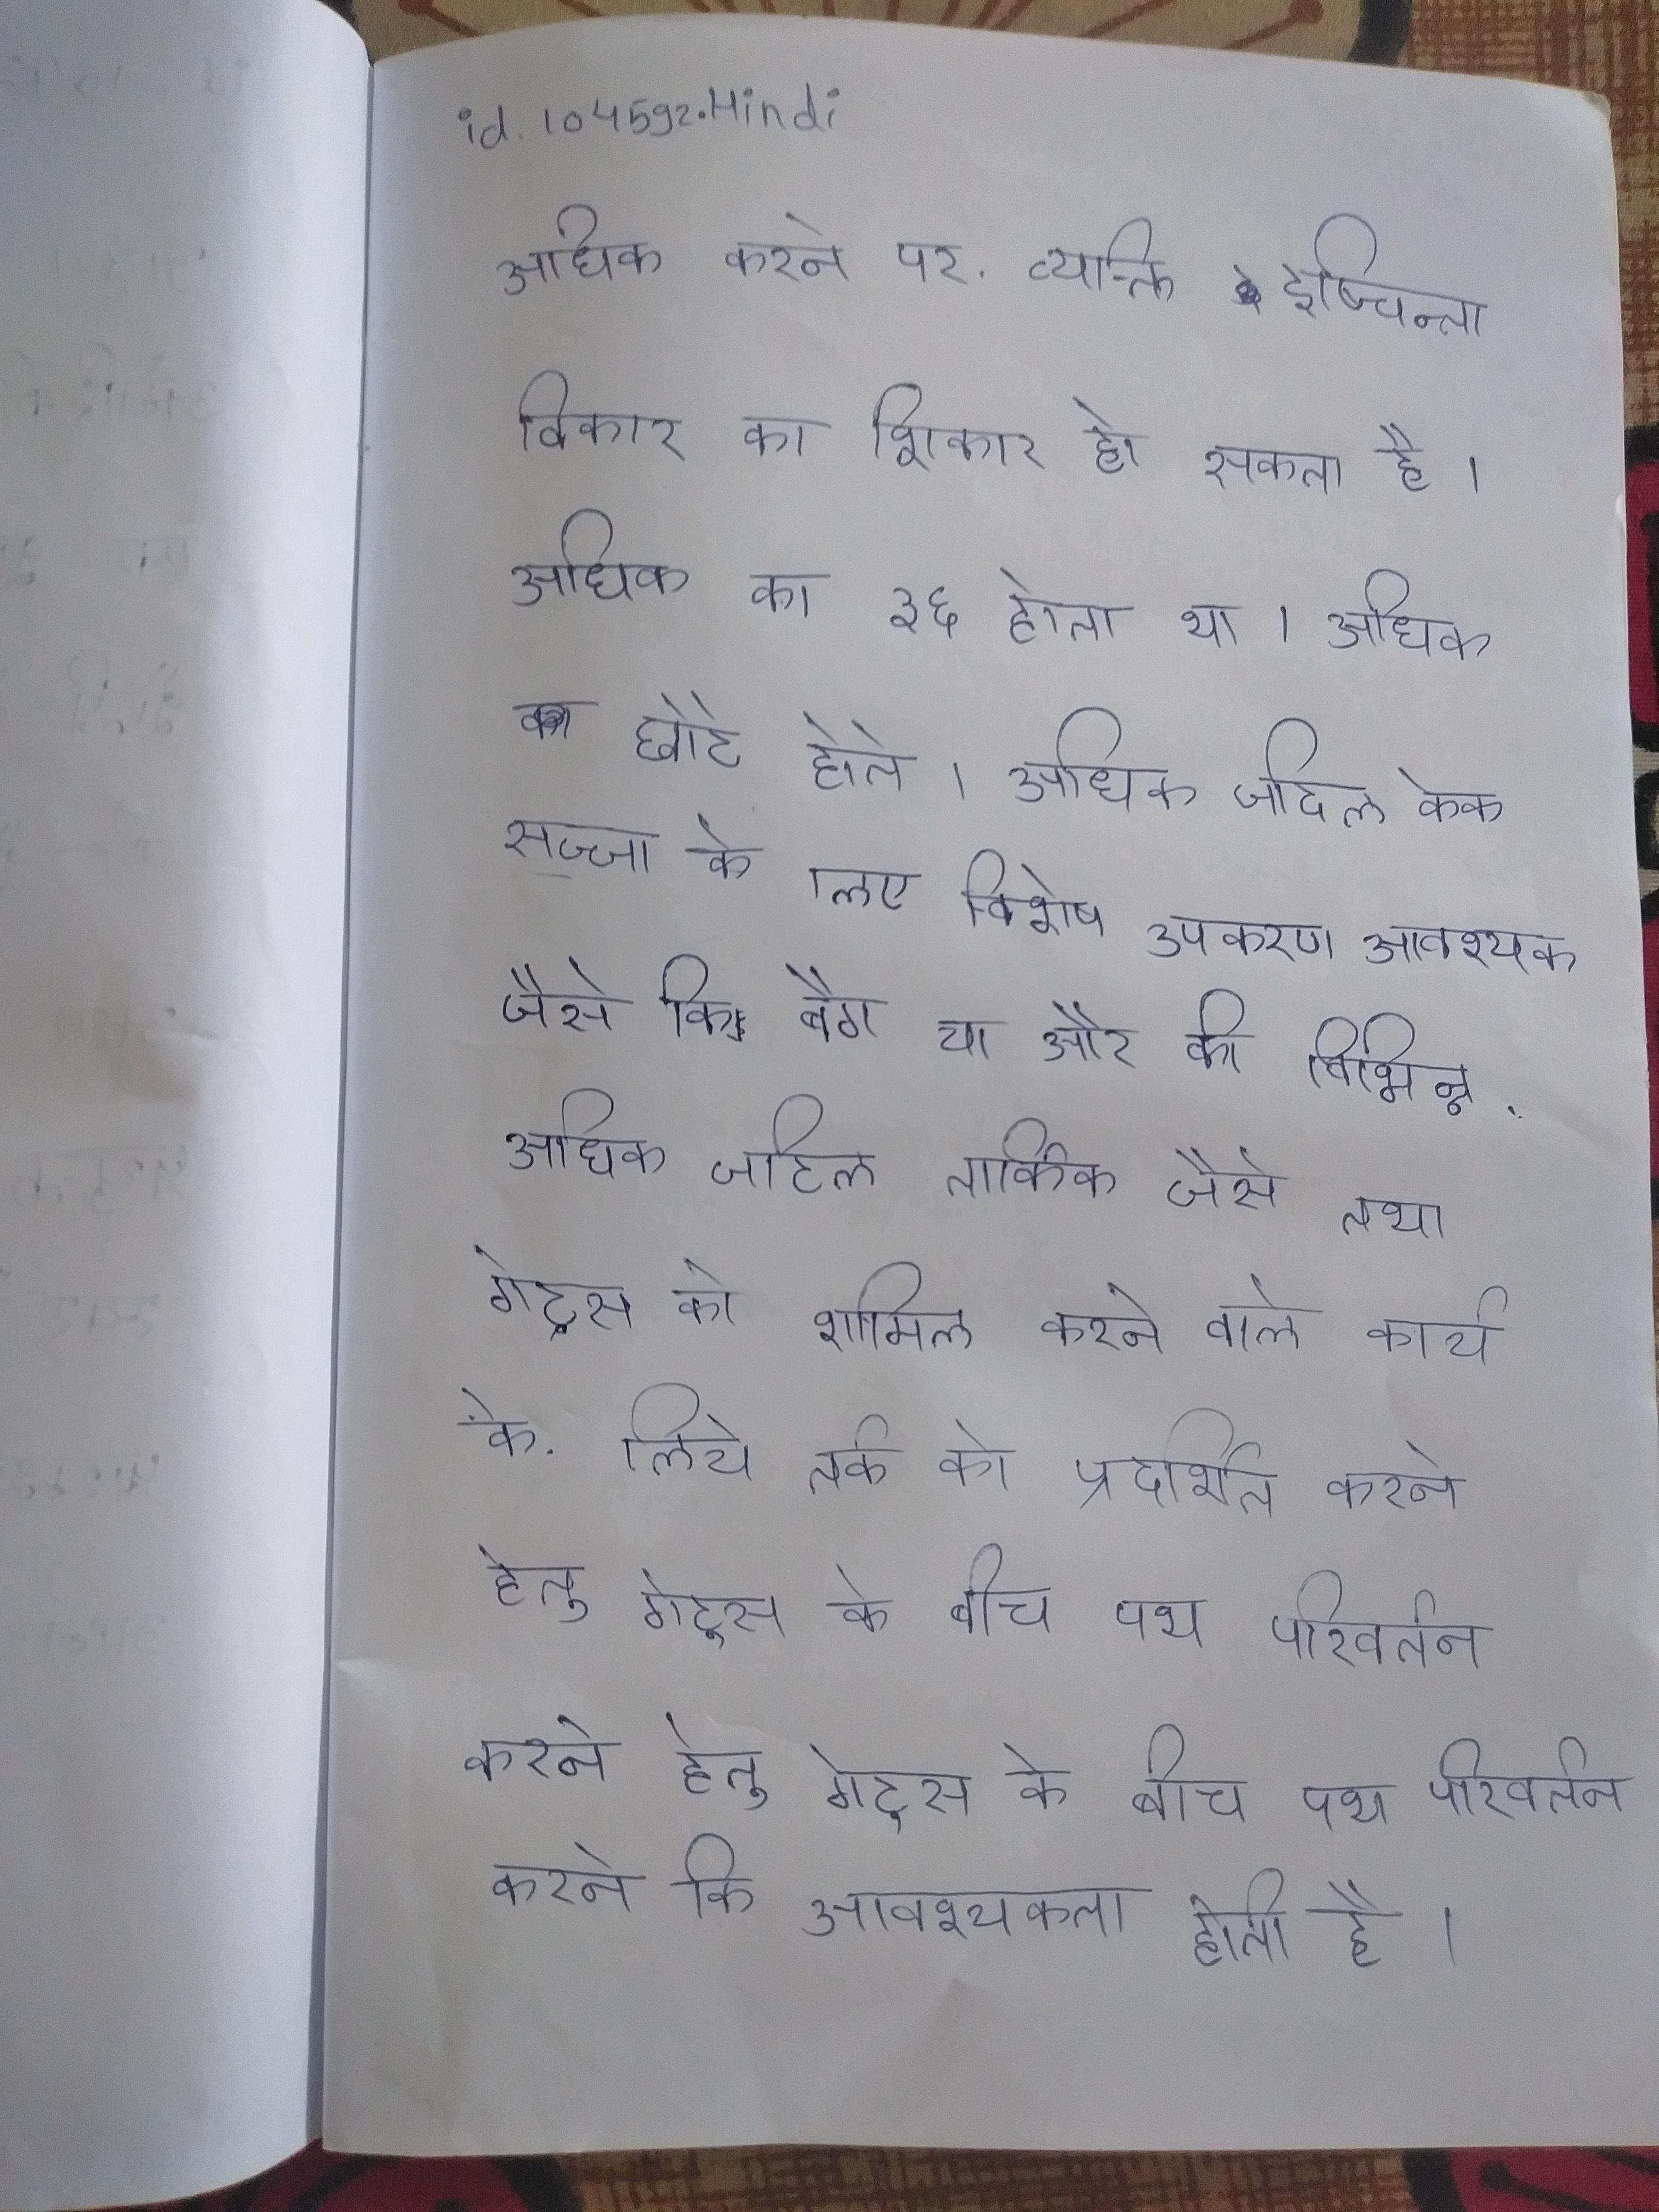
अधिक करने पर, व्यक्ति दुष्चिन्ता विकार का शिकार हो सकता है । अधिक का ३६ होता था । अधिक छोटे होते । अधिक जटिल केक सज्जा के लिए विशेष उपकरण आवश्यक जैसे कि बैग या और की विभिन्न . अधिक जटिल तार्किक जैसे तथा गेट्स को शामिल करने वाले कार्य, के लिये तर्क को प्रदर्शित करने हेतु गेट्स के बीच पथ परिवर्तन करने की आवश्यकता होती है ।